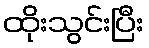
ထိုးသွင်းပြီး